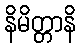
နိမိတ္တာနိ